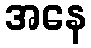
အနေ